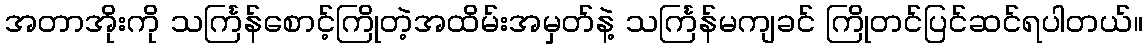
အတာအိုးကို သင်္ကြန်စောင့်ကြိုတဲ့အထိမ်းအမှတ်နဲ့ သင်္ကြန်မကျခင် ကြိုတင်ပြင်ဆင်ရပါတယ်။